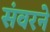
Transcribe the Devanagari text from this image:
संवरने